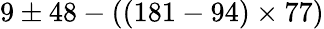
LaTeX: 9\pm 48-((181-94)\times 77)